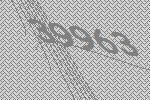
39963